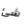
شئ